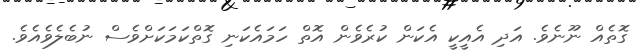
ގޮތެއް ނޫނެވެ. އަދި އެއީކީ އެކަން ކުރެވެން އޮތް ހަމައެކަނި ގޮތްކަމަކަށްވެސް ނުބެލެވެއެވެ.